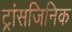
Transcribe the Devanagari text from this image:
ट्रांसजिनिक